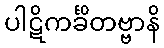
ပါဋိကင်္ခိတဗ္ဗာနိ